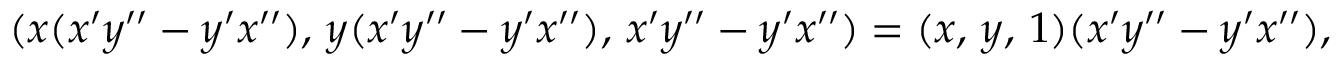
( x ( x ^ { \prime } y ^ { \prime \prime } - y ^ { \prime } x ^ { \prime \prime } ) , \, y ( x ^ { \prime } y ^ { \prime \prime } - y ^ { \prime } x ^ { \prime \prime } ) , \, x ^ { \prime } y ^ { \prime \prime } - y ^ { \prime } x ^ { \prime \prime } ) = ( x , \, y , \, 1 ) ( x ^ { \prime } y ^ { \prime \prime } - y ^ { \prime } x ^ { \prime \prime } ) ,